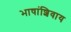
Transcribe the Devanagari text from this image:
भाषांशिवाय